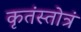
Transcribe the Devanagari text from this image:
कृतंस्तोत्रं